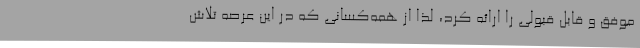
موفق و قابل قبولی را ارائه کرد، لذا از همه‌کسانی که در این عرصه تلاش